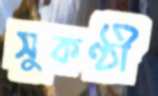
সুকণ্ঠী